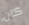
كان